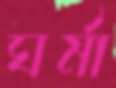
ঘর্মা